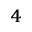
_ 4